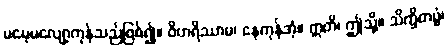
မမေ့မလျော့ကုန်သည်ဖြစ်၍။ ဝိဟရိဿာမ၊ နေကုန်အံ့။ ဣတိ၊ ဤသို့။ သိက္ခိတဗ္ဗံ၊